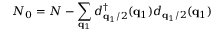
N _ { 0 } = N - \sum _ { { \bf { q } } _ { 1 } } d _ { { \bf { q } } _ { 1 } / 2 } ^ { \dagger } ( { \bf { q } } _ { 1 } ) d _ { { \bf { q } } _ { 1 } / 2 } ( { \bf { q } } _ { 1 } )